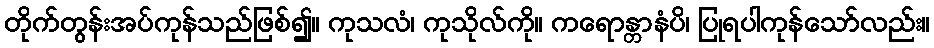
တိုက်တွန်းအပ်ကုန်သည်ဖြစ်၍။ ကုသလံ၊ ကုသိုလ်ကို။ ကရောန္တာနံပိ၊ ပြုရပါကုန်သော်လည်း။